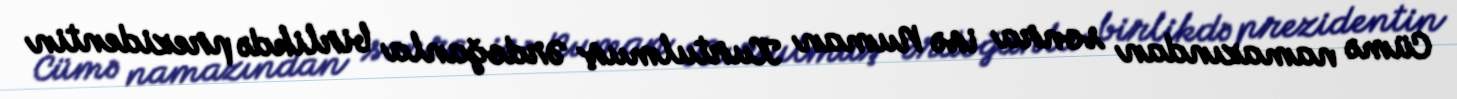
Cümə namazından sonra isə Numan Kurtulmuş Ərdoğanla birlikdə prezidentin